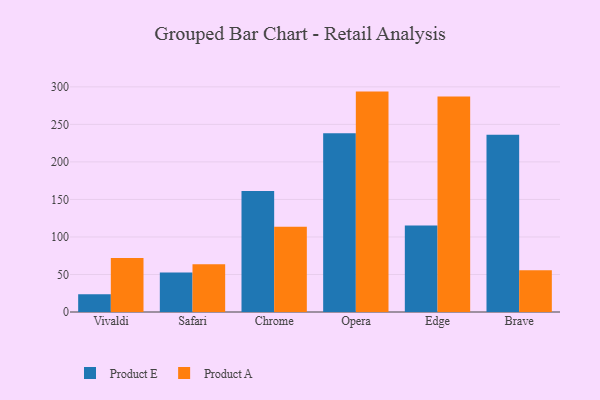
{"axis": {"x": "Browser", "y": "Demand Index"}, "legend": ["Product A", "Product E"], "data": [{"x": "Vivaldi", "y": 23.5, "type": "Product E"}, {"x": "Vivaldi", "y": 72.1, "type": "Product A"}, {"x": "Safari", "y": 52.7, "type": "Product E"}, {"x": "Safari", "y": 63.7, "type": "Product A"}, {"x": "Chrome", "y": 161.1, "type": "Product E"}, {"x": "Chrome", "y": 113.6, "type": "Product A"}, {"x": "Opera", "y": 238.1, "type": "Product E"}, {"x": "Opera", "y": 293.7, "type": "Product A"}, {"x": "Edge", "y": 115.4, "type": "Product E"}, {"x": "Edge", "y": 287.2, "type": "Product A"}, {"x": "Brave", "y": 236.3, "type": "Product E"}, {"x": "Brave", "y": 55.5, "type": "Product A"}]}